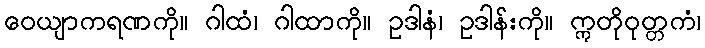
ဝေယျာကရဏကို။ ဂါထံ၊ ဂါထာကို။ ဥဒါနံ၊ ဥဒါန်းကို။ ဣတိုဝုတ္တကံ၊